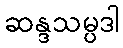
ဆန္ဒသမ္ပဒါ